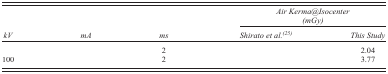
<table><thead><tr><td>[EMPTY_CELL]</td><td>[EMPTY_CELL]</td><td>[EMPTY_CELL]</td><td><b><i>Air Kerma@Isocenter (mGy)</i></b></td><td>[EMPTY_CELL]</td></tr><tr><td><b><i>kV</i></b></td><td><b><i>mA</i></b></td><td><b><i>ms</i></b></td><td><b><i>Shirato et al</i>.<sup>(25)</sup></b></td><td><b><i>This Study</i></b></td></tr></thead><tbody><tr><td>[EMPTY_CELL]</td><td>[EMPTY_CELL]</td><td>2</td><td>[EMPTY_CELL]</td><td>2.04</td></tr><tr><td>100</td><td>[EMPTY_CELL]</td><td>2</td><td>[EMPTY_CELL]</td><td>3.77</td></tr></tbody></table>